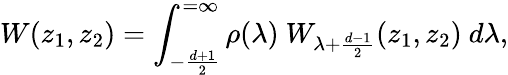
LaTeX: W(z_{1},z_{2})=\int_{-{\frac{d+1}{2}}}^{=\infty}\rho(\lambda)\ W_{\lambda+\frac{d-1}{2}}(z_{1},z_{2})\ d\lambda,